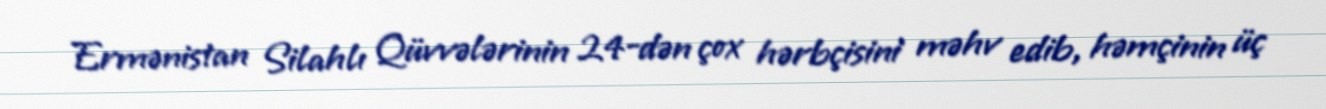
Ermənistan Silahlı Qüvvələrinin 24-dən çox hərbçisini məhv edib, həmçinin üç